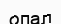
опал